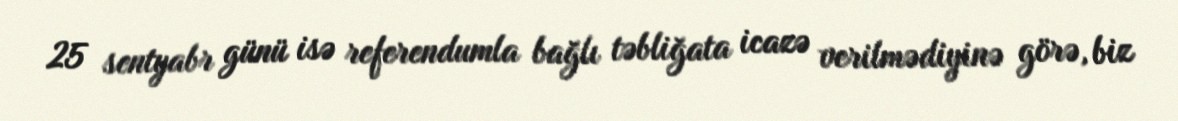
25 sentyabr günü isə referendumla bağlı təbliğata icazə verilmədiyinə görə, biz